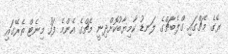
ރޭގެ މެޗްގައި ގްލެބާޗްގެ ލަނޑު ކާމިޔާބުކޮށްދިނީ މެޗްގެ އެންމެ ފަހު މިނެޓް ތެރޭގައި